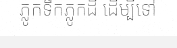
ភ្លូកទឹកភ្លូកដី ដើម្បីទៅ